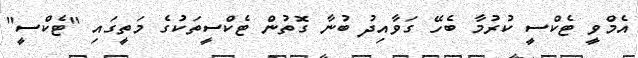
އެމްވީ ޓެކްސީ ކުރުމާ ބެހޭ ގަވާއިދު ބުނާ ގޮތުން ޓެކްސީތަކުގެ މަތީގައި "ޓެކްސީ"